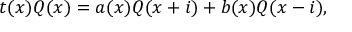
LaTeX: t ( x ) Q ( x ) = a ( x ) Q ( x + i ) + b ( x ) Q ( x - i ) ,